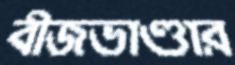
বীজভাণ্ডার